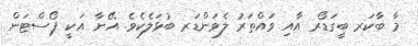
މާ ބާކަރ ބީގަޑޯރ އާއި ވައްތަރު ލެވަންޑަރ ބުޅަލެކެވެ. އޭނާ އަކީ ޕޯސްޓަން